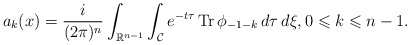
\begin{align*} a_{k}(x) = \frac{i}{(2 \pi)^{n}}\int_{\mathbb{R}^{n-1}}\int_{\mathcal{C}} e^{-t\tau} \operatorname{Tr} \phi_{-1-k} \,d\tau \,d\xi, 0 \leqslant k \leqslant n-1.\end{align*}